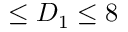
\leq D _ { 1 } \leq 8